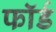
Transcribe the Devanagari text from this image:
फॉर्ड